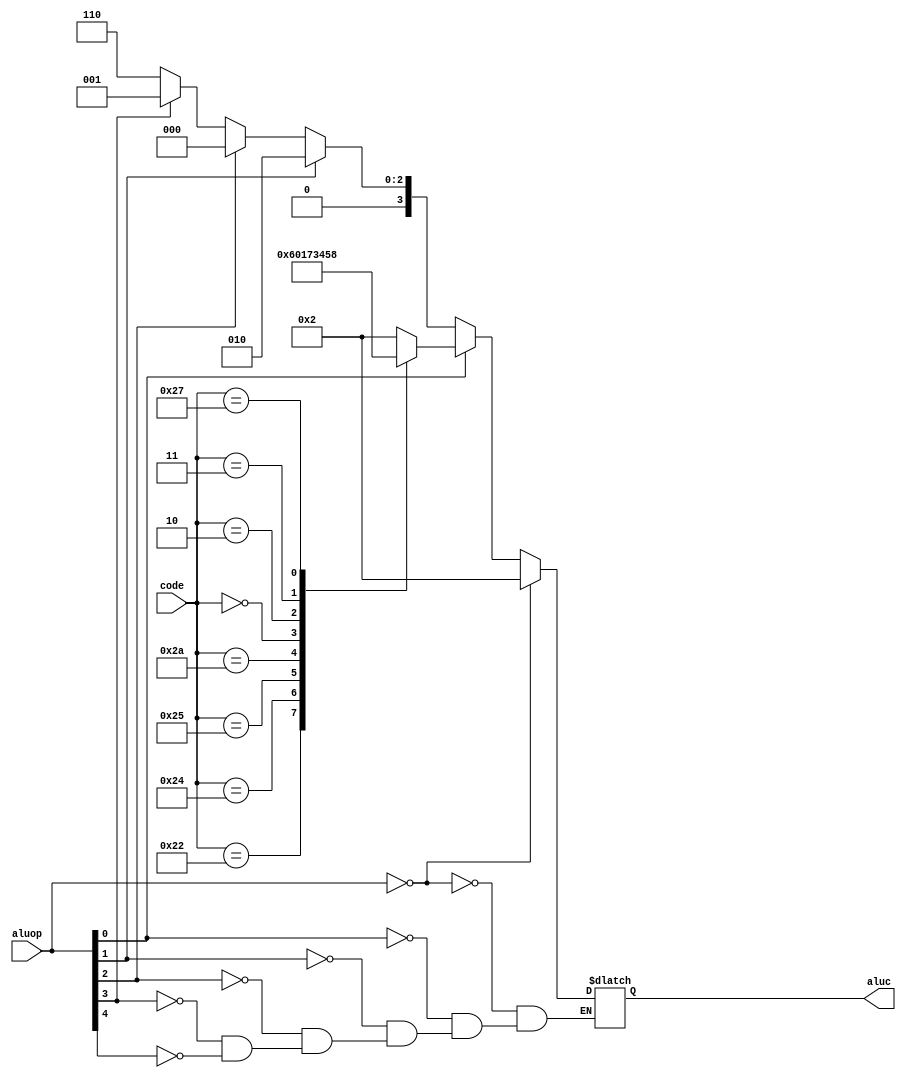
`timescale 1ns / 1ps
//////////////////////////////////////////////////////////////////////////////////
// Company: 
// Engineer: 
// 
// Design Name: 
// Module Name:    aluC 
// Project Name: 
// Target Devices: 
// Tool versions: 
// Description: 
//
// Dependencies: 
//
// Revision: 
// Revision 0.01 - File Created
// Additional Comments: 
//
//////////////////////////////////////////////////////////////////////////////////
module aluC(aluop, code, aluc);
	input [4:0]aluop;
	input [5:0]code;
	output reg[3:0]aluc;
	
	always@*begin
		if(aluop[4]==1)aluc<=4'b0110;//_
		if(aluop[3]==1)aluc<=4'b0001;//ori
		if(aluop[2]==1)aluc<=4'b0000;//andi
		if(aluop[1]==1)aluc<=4'b0010;//addi
		if(aluop[0])begin
		case(code)
			6'b100000:aluc<=4'b0010;//+
			6'b100010:aluc<=4'b0110;//_
			6'b100100:aluc<=4'b0000;//&
			6'b100101:aluc<=4'b0001;//|
			6'b101010:aluc<=4'b0111;//compare
			6'b000000:aluc<=4'b0011;//<<
			6'b000010:aluc<=4'b0100;//>>
			6'b000011:aluc<=4'b0101;//>>>
			6'b100111:aluc<=4'b1000;//nor
			default :aluc<=4'b0010;
		endcase

		end
		if(aluop==0)aluc<=4'b0010;

	end
endmodule